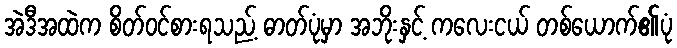
အဲဒီအထဲက စိတ်ဝင်စားရသည့် ဓာတ်ပုံမှာ အဘိုးနှင့် ကလေးငယ် တစ်ယောက်၏ပုံ